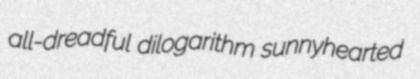
all-dreadful dilogarithm sunnyhearted